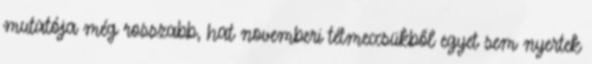
mutatója még rosszabb, hat novemberi tétmeccsükből egyet sem nyertek